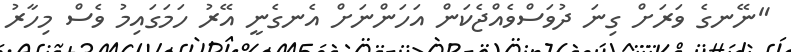
"ނޭނގެ ވަރަށް ގިނަ ދުވަސްވެއްޖެކަން އަހަންނަށް އެނގެނީ އޭރު ހަމަގައިމު ވެސް މިހާރު